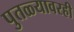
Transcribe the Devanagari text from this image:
पुतळ्यावरही